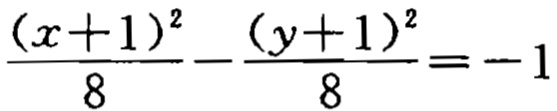
\frac{(x + 1)^2}{8} - \frac{(y + 1)^2}{8} = -1